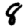
Digit: 8